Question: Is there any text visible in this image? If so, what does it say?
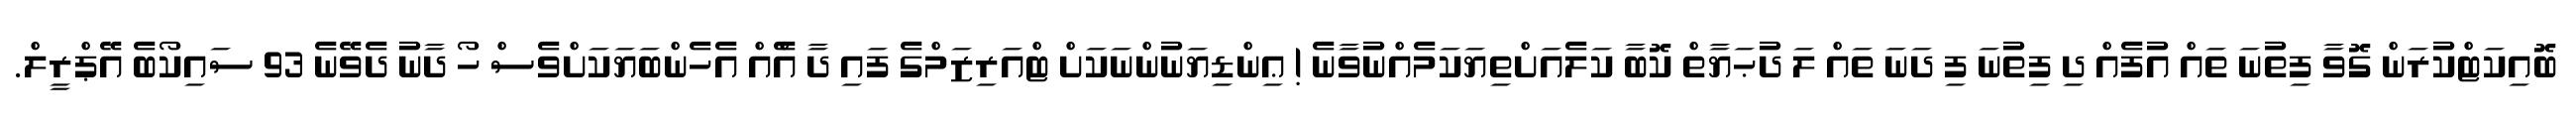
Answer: ބޮއިކަޓްކުރަން ގޮވާ ފިތުނަ ތައް އުފެއް ދި ފިތުނަ ފި ދަނަ ތައް ލަ ދުޙަޔާތް ކޮބާ ކަލެއަށްތިޔަކަމެއްނުވާނެ ! ޢިންޑިޔަނުންނަކަށް ޓްއަރިޒަމްގެ ފައި ދާ އެްއް އެހެންބަޔަކަށްވެސް ހޯ ދާނު ދެވޭނެ 93 ސައިކޯބެ އޭޕްރީލް.